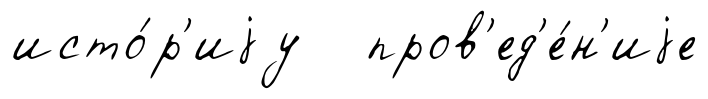
исто́р'иjу пров'ед'е́н'иjе